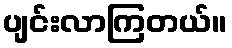
ပျင်းလာကြတယ်။